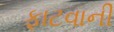
ફાટવાની